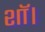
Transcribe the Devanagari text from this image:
शॉ।